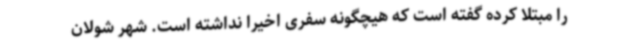
را مبتلا کرده گفته است که هیچگونه سفری اخیرا نداشته است. شهر شولان